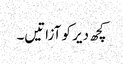
کچھ دیر کو آزاتیں۔